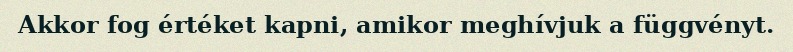
Akkor fog értéket kapni, amikor meghívjuk a függvényt.